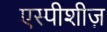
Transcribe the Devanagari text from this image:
एस्पीशीज़